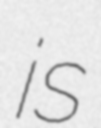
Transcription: is